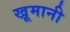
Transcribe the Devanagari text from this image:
खूमानी